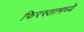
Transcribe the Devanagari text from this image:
फिरस्तामध्ये